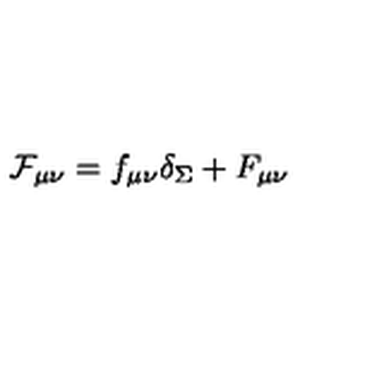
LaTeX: { \cal F } _ { \mu \nu } = f _ { \mu \nu } \delta _ { \Sigma } + F _ { \mu \nu }